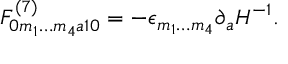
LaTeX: F _ { 0 m _ { 1 } \ldots m _ { 4 } a 1 0 } ^ { ( 7 ) } = - \epsilon _ { m _ { 1 } \ldots m _ { 4 } } \partial _ { a } H ^ { - 1 } .